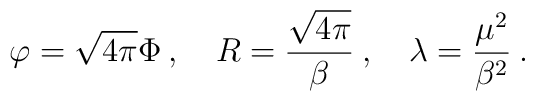
\varphi =\sqrt{4\pi }\Phi \: ,\quad R=\displaystyle\frac{\sqrt{4\pi }}{\beta }\: ,\quad \lambda =\displaystyle\frac{\mu ^{2}}{\beta ^{2}}\: .